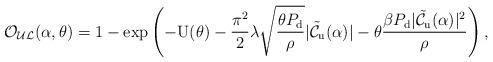
LaTeX: \begin{align*}& \!\!\!\!\!\!\!\mathcal{O}_{\mathcal{UL}}(\alpha,\theta)=1- \exp \left( - {\rm U}(\theta)-\frac{\pi^2}{2} \lambda \sqrt{\frac{\theta P_{\rm d}}{\rho}} |\mathcal{\tilde{C}}_{\rm{u}}(\alpha)|-\theta \frac{{\beta} P_{\rm{d}} |\mathcal{\tilde{C}}_{\rm{u}}(\alpha)|^2}{ \rho} \right),\end{align*}